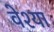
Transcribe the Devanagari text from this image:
वेश्‍या